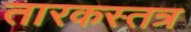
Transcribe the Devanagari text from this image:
तारकस्तत्र